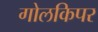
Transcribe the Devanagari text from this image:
गोलकिपर